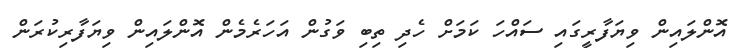
އޮންލައިން ވިޔަފާރީގައި ސައްހަ ކަމަށް ހެދި ތިބި ވަގުން އަހަރެމެން އޮންލައިން ވިޔަފާރިކުރަން